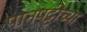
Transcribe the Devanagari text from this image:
पानपट्टीच्या